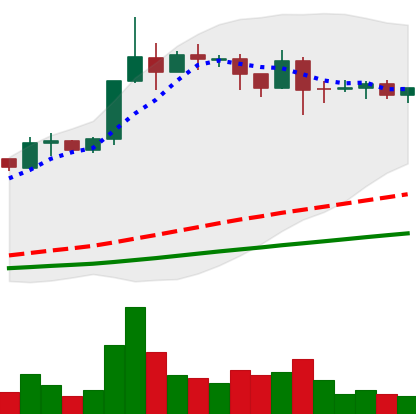
Ticker: ADA-USD
Chart end date: 2019-04-16
Forward return: -11.55%
Label: down_7plus